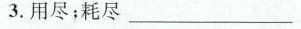
3.用尽；耗尽___